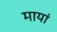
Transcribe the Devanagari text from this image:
मायां